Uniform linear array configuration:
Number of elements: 24
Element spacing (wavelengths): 0.25
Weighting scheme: hamming
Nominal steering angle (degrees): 45
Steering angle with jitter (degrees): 45.812
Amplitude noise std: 0.05
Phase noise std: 0.05

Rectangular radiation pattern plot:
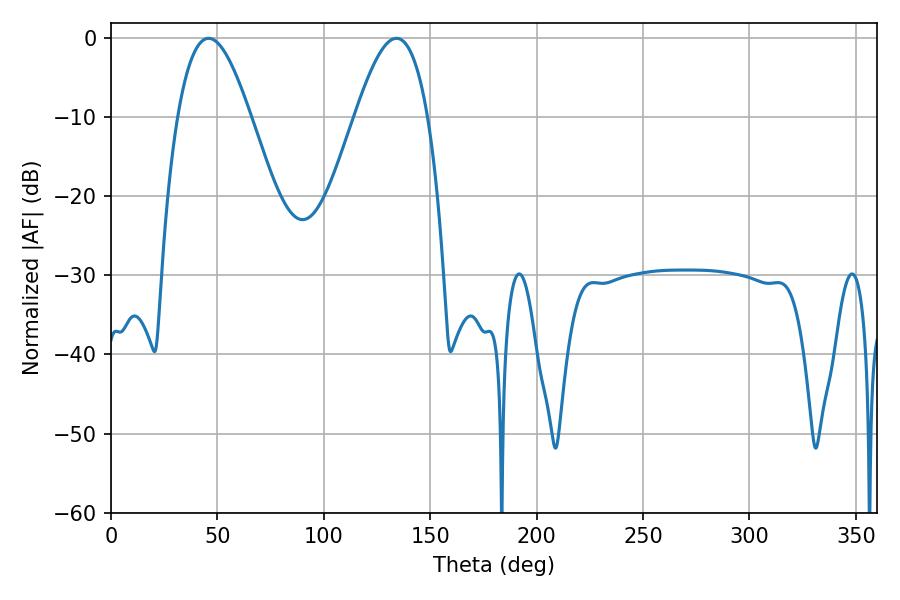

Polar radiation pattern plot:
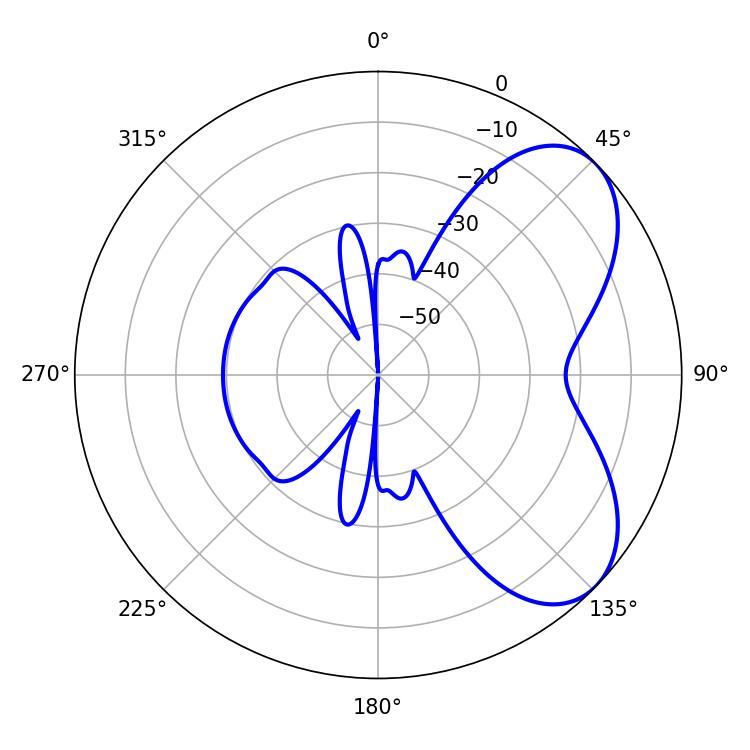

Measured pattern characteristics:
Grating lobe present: FALSE
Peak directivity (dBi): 5.881
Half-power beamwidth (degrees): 18.54
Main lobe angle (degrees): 45.9